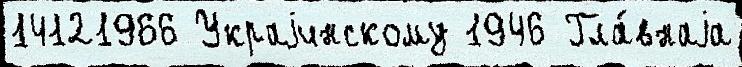
14121966 Украjинскому 1946 Гла́внаjа